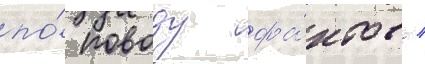
по́ поводу фа́ктов /